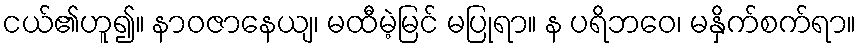
ငယ်၏ဟူ၍။ နာဝဇာနေယျ၊ မထီမဲ့မြင် မပြုရာ။ န ပရိဘဝေ၊ မနှိက်စက်ရာ။